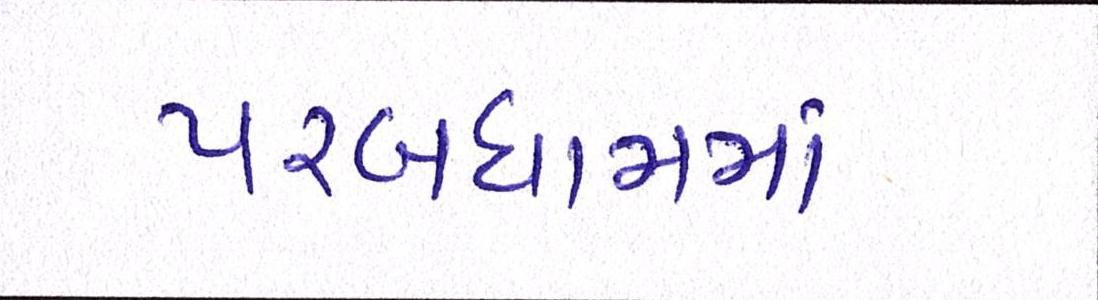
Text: પરબધામમાં